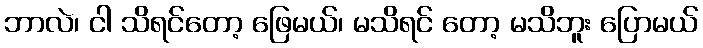
ဘာလဲ၊ ငါ သိရင်တော့ ဖြေမယ်၊ မသိရင် တော့ မသိဘူး ပြောမယ်